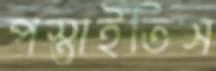
পস্তাইতিস